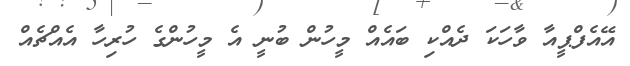
އޭއެފްޕީއާ ވާހަކަ ދެއްކި ބައެއް މީހުން ބުނީ އެ މީހުންގެ ހުރިހާ އެއްޗެއް